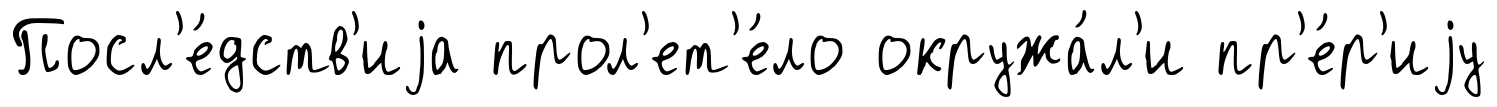
Посл'е́дств'иjа прол'ет'е́ло окружа́л'и пр'е́р'иjу